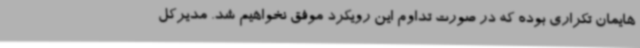
هایمان تکراری بوده که در صورت تداوم این رویکرد موفق نخواهیم شد. مدیرکل